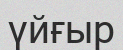
үйғыр